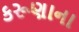
કરૂણાના